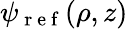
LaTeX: \psi_{\mathrm{~r~e~f~}}(\rho,z)